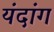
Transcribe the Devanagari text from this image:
यंदांग